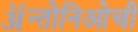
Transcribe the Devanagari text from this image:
ॲन्तोनिओची